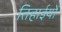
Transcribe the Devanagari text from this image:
तिहाईयों